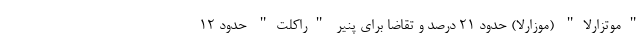
"موتزارلا" (موزارلا) حدود 21 درصد و تقاضا برای پنیر "راکلت" حدود 12